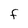
Character: F